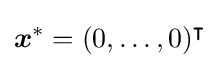
{\boldsymbol {x}}^{*}=(0,\dots ,0)^{\intercal }